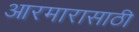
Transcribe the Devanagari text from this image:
आरमारासाठी